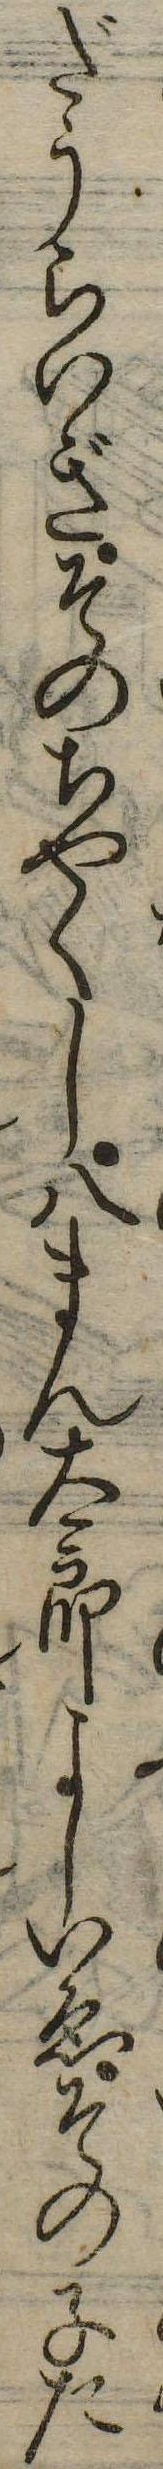
だうらいぎそのちやくし八まん太郎よしいゑその子た